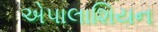
એપાલાશિયન